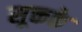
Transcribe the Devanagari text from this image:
सूक्तके